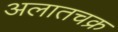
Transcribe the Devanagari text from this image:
अलातचक्र